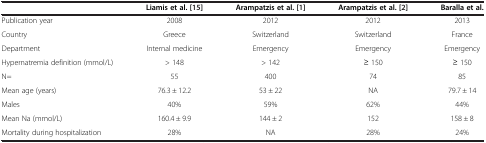
<table><thead><tr><td><b> </b></td><td><b>Liamis et al. [15]</b></td><td><b>Arampatzis et al. [1]</b></td><td><b>Arampatzis et al. [2]</b></td><td><b>Baralla et al.</b></td></tr></thead><tbody><tr><td>Publication year</td><td>2008</td><td>2012</td><td>2012</td><td>2013</td></tr><tr><td>Country</td><td>Greece</td><td>Switzerland</td><td>Switzerland</td><td>France</td></tr><tr><td>Department</td><td>Internal medicine</td><td>Emergency</td><td>Emergency</td><td>Emergency</td></tr><tr><td>Hypernatremia definition (mmol/L)</td><td>&gt; 148</td><td>&gt; 142</td><td>≥ 150</td><td>≥ 150</td></tr><tr><td>N=</td><td>55</td><td>400</td><td>74</td><td>85</td></tr><tr><td>Mean age (years)</td><td>76.3 ± 12.2</td><td>53 ± 22</td><td>NA</td><td>79.7 ± 14</td></tr><tr><td>Males</td><td>40%</td><td>59%</td><td>62%</td><td>44%</td></tr><tr><td>Mean Na (mmol/L)</td><td>160.4 ± 9.9</td><td>144 ± 2</td><td>152</td><td>158 ± 8</td></tr><tr><td>Mortality during hospitalization</td><td>28%</td><td>NA</td><td>28%</td><td>24%</td></tr></tbody></table>